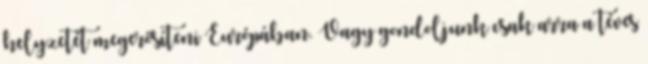
helyzetét megerősíteni Európában. Vagy gondoljunk csak arra a téves